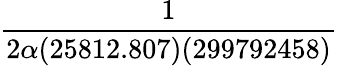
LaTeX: \frac{1}{2\alpha(25812.807)(299792458)}